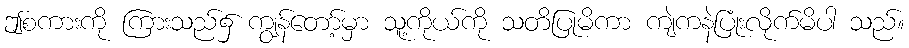
ဤစကားကို ကြားသည်၌ ကျွန်တော့်မှာ သူ့ကိုယ်ကို သတိပြုမိကာ ကျဲကနဲပြုံးလိုက်မိပါ သည်။